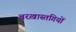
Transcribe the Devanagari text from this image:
बरख़ास्तगियों